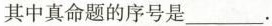
其中真命题的序号是___。